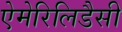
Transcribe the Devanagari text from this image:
ऐमेरिलिडैसी